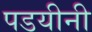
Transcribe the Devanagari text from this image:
पडयीनी